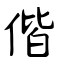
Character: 偕